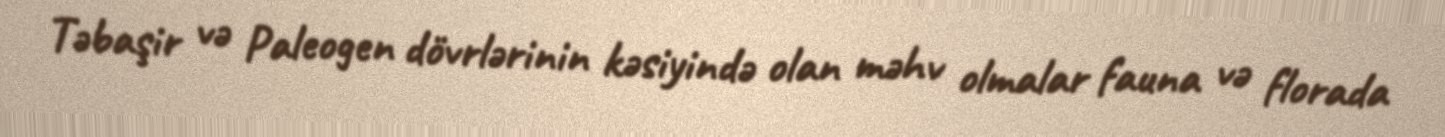
Təbaşir və Paleogen dövrlərinin kəsiyində olan məhv olmalar fauna və florada